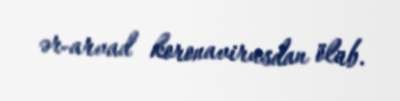
ər-arvad koronavirusdan ölüb.